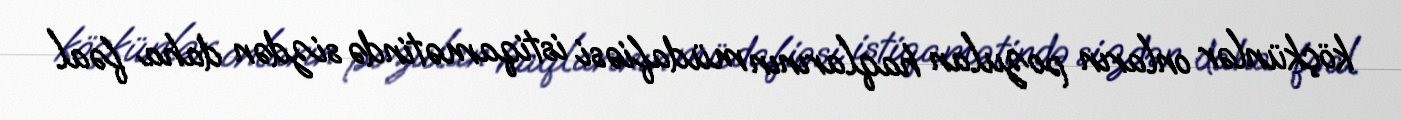
köçkünlər onların pozulan haqlarının müdafiəsi istiqamətində sizdən daha fəal